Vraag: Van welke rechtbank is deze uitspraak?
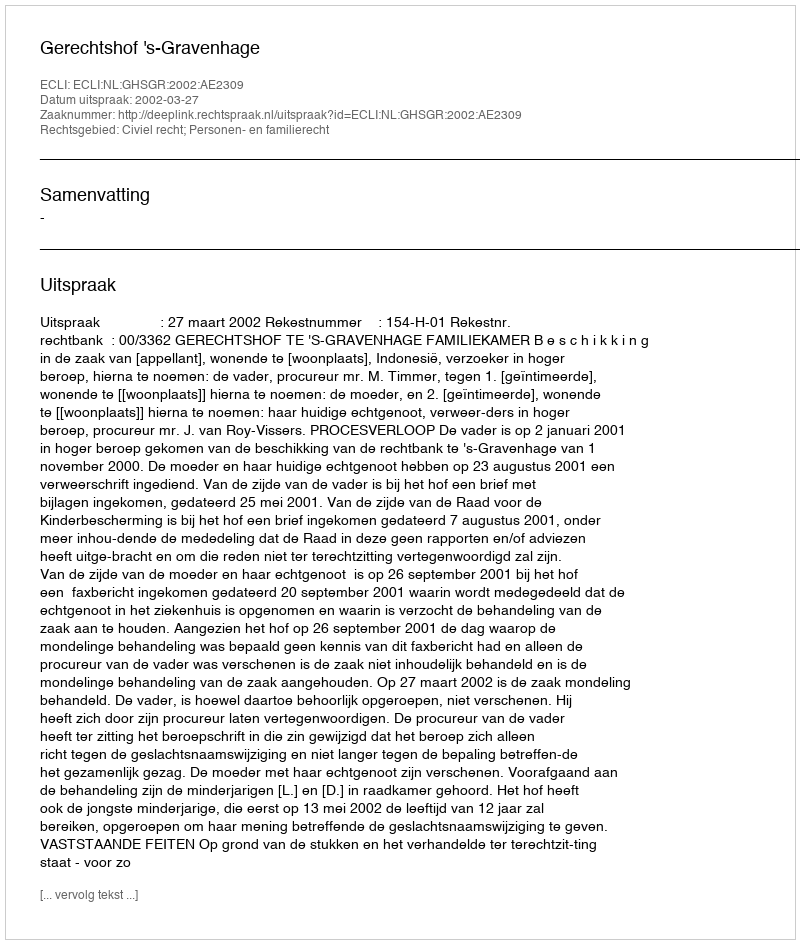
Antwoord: Gerechtshof 's-Gravenhage